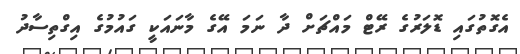
އެގޮތުގައި ޑޮލަރުގެ ރޭޓް މައްޗަށް ދާ ނަމަ އޭގެ މާނައަކީ ގައުމުގެ އިގްތިސާދު